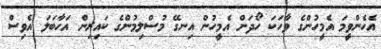
އެހެންވީމަ އެމީހުންގެ ވާހަކަ ހޯދަން އެމީހުން އިނގޭ މުސްލިމުންގެ ކައިރިން އަހާބަލަ އެވިސް